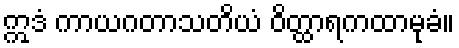
ဣဒံ ကာယဂတာသတိယံ ဝိတ္ထာရကထာမုခံ။